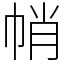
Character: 帩